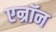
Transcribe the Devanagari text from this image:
एन्रॉन